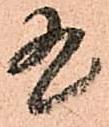
有